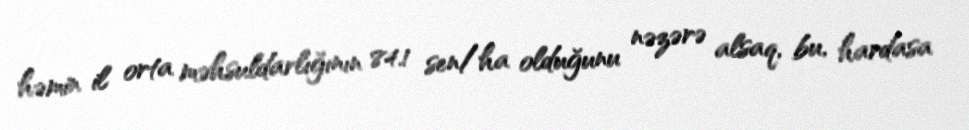
həmin il orta məhsuldarlığının 84.1 sen/ha olduğunu nəzərə alsaq, bu, hardasa